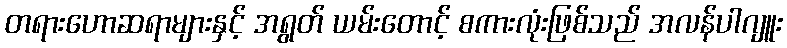
တရားဟောဆရာများနှင့် အရွတ် ယမ်းတောင့် စကားလုံးဖြစ်သည် အလန်ပါဂျူး